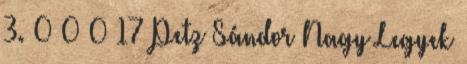
3. 0 0 0 17 Petz Sándor Nagy Legyek